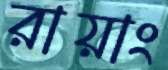
রায়াং